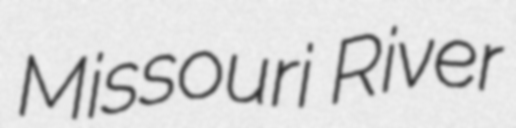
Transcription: Missouri River